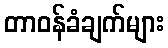
တာဝန်ခံချက်များ